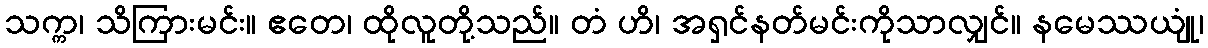
သက္က၊ သိကြားမင်း။ ဧတေ၊ ထိုလူတို့သည်။ တံ ဟိ၊ အရှင်နတ်မင်းကိုသာလျှင်။ နမေဿယျုံ၊